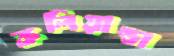
কলিয়ান্ডা